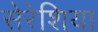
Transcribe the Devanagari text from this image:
सेरेशिया